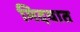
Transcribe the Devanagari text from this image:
मिदयात